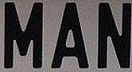
MAN